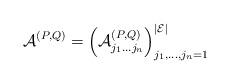
LaTeX: \begin{align*}\mathcal{A}^{(P,Q)}=\left(\mathcal{A}^{(P,Q)}_{j_1\dots j_n}\right)_{j_1,\dots,j_n=1}^{|\mathcal{E}|}\end{align*}